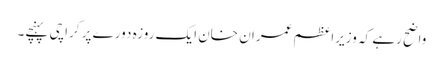
واضح رہے کہ وزیراعظم عمران خان ایک روزہ دورے پر کراچی پہنچے۔